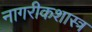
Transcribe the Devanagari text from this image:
नागरीकशास्त्र